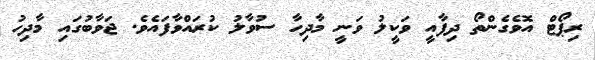
ރިޕޯޓް އޮވެގެންތޯ ދިފާއީ ވަކީލު ވަނީ މާދިހާ ސުވާލު ކުރައްވާފައެވެ. ޖަވާބުގައި މާދިހު